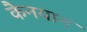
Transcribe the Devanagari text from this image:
कैनयान